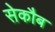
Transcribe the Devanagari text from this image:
सेकौब